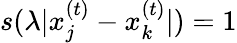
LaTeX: s(\lambda|x_{j}^{(t)}-x_{k}^{(t)}|)=1